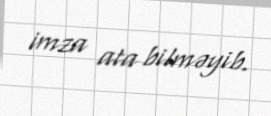
imza ata bilməyib.